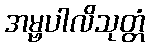
အမ္ဗပါလိသုတ္တံ